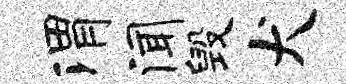
渭闻毁犬